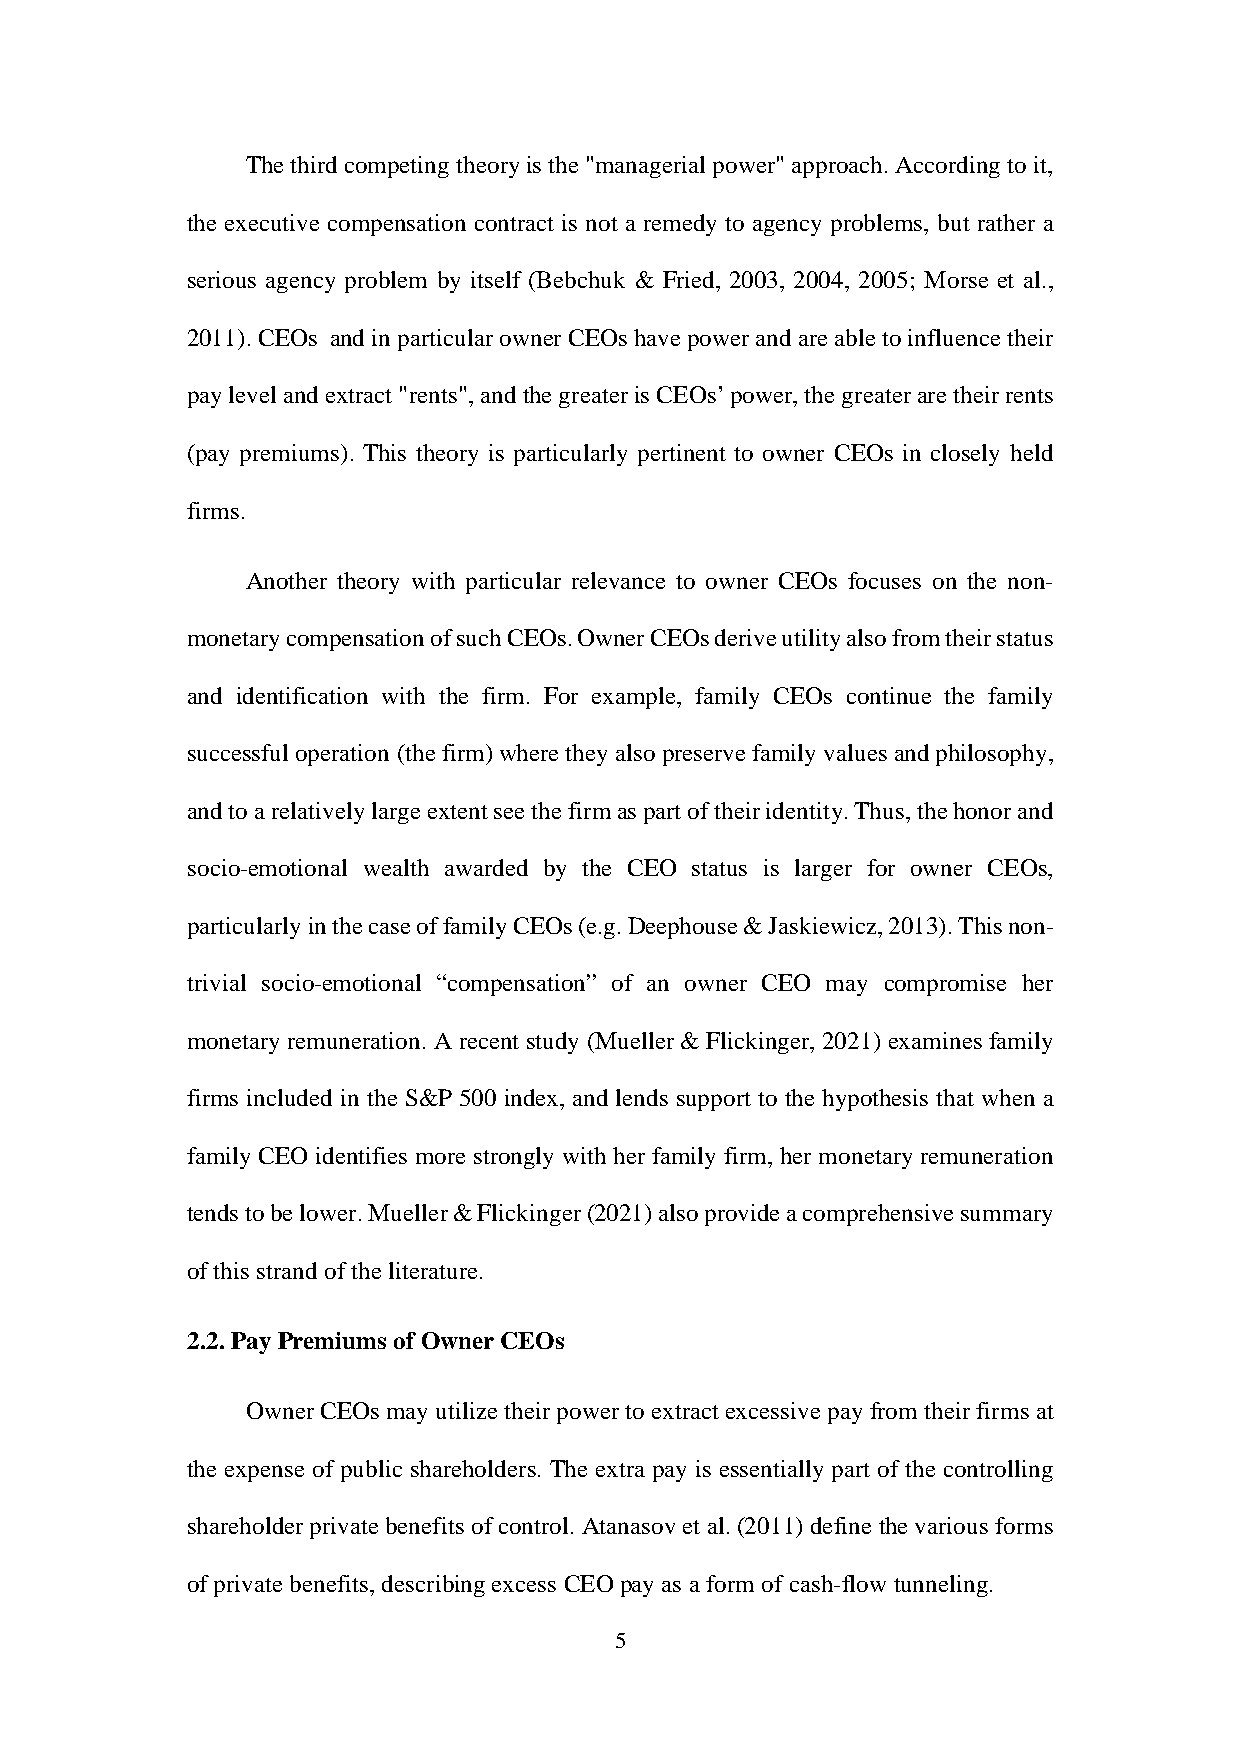
The third competing theory is the "managerial power" approach. According to it,
 the executive compensation contract is not a remedy to agency problems, but rather a
 serious agency problem by itself (Bebchuk & Fried, 2003, 2004, 2005; Morse et al.,
 2011). CEOs and in particular owner CEOs have power and are able to influence their
 pay level and extract "rents", and the greater is CEOs’ power, the greater are their rents
 (pay premiums). This theory is particularly pertinent to owner CEOs in closely held
 firms.
 Another theory with particular relevance to owner CEOs focuses on the non-
 monetary compensation of such CEOs. Owner CEOs derive utility also from their status
 and identification with the firm. For example, family CEOs continue the family
 successful operation (the firm) where they also preserve family values and philosophy,
 and to a relatively large extent see the firm as part of their identity. Thus, the honor and
 socio-emotional wealth awarded by the CEO status is larger for owner CEOs,
 particularly in the case of family CEOs (e.g. Deephouse & Jaskiewicz, 2013). This non-
 trivial socio-emotional “compensation” of an owner CEO may compromise her
 monetary remuneration. A recent study (Mueller & Flickinger, 2021) examines family
 firms included in the S&P 500 index, and lends support to the hypothesis that when a
 family CEO identifies more strongly with her family firm, her monetary remuneration
 tends to be lower. Mueller & Flickinger (2021) also provide a comprehensive summary
 of this strand of the literature.
 2.2. Pay Premiums of Owner CEOs
 Owner CEOs may utilize their power to extract excessive pay from their firms at
 the expense of public shareholders. The extra pay is essentially part of the controlling
 shareholder private benefits of control. Atanasov et al. (2011) define the various forms
 of private benefits, describing excess CEO pay as a form of cash-flow tunneling.
 5